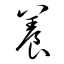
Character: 養